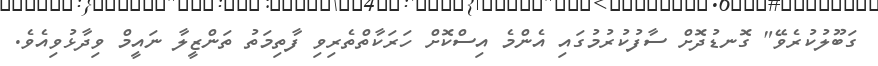
ގަބޫލުކުރެވޭ" ގޮނޑުދޮށް ސާފުކުރުމުގައި އެންމެ އިސްކޮށް ހަރަކާތްތެރިވި ފާތިމަތު ތަންޒީލާ ނައީމް ވިދާޅުވިއެވެ.